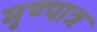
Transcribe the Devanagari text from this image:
मृण्पात्र